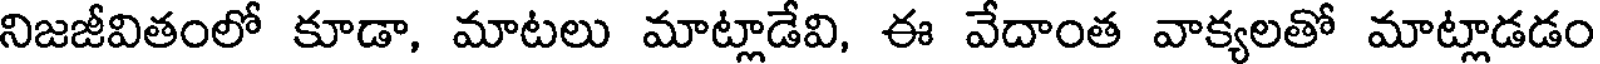
నిజజీవితంలో కూడా, మాటలు మాట్లాడేవి, ఈ వేదాంత వాక్యలతో మాట్లాడడం